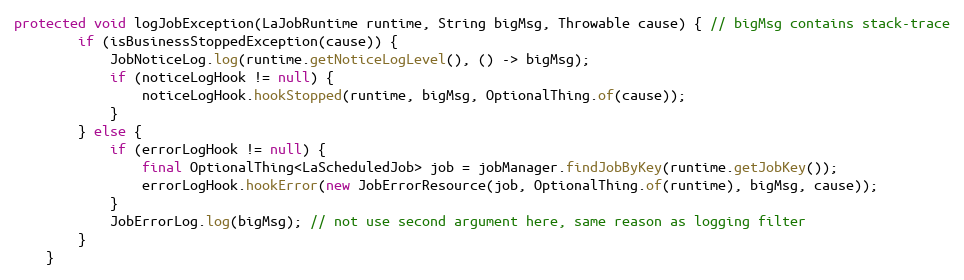
Language: Java
protected void logJobException(LaJobRuntime runtime, String bigMsg, Throwable cause) { // bigMsg contains stack-trace
        if (isBusinessStoppedException(cause)) {
            JobNoticeLog.log(runtime.getNoticeLogLevel(), () -> bigMsg);
            if (noticeLogHook != null) {
                noticeLogHook.hookStopped(runtime, bigMsg, OptionalThing.of(cause));
            }
        } else {
            if (errorLogHook != null) {
                final OptionalThing<LaScheduledJob> job = jobManager.findJobByKey(runtime.getJobKey());
                errorLogHook.hookError(new JobErrorResource(job, OptionalThing.of(runtime), bigMsg, cause));
            }
            JobErrorLog.log(bigMsg); // not use second argument here, same reason as logging filter
        }
    }